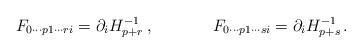
LaTeX: \begin{align*}F_{0\cdots p1\cdots ri} = \partial_i H_{p+r}^{-1}\, ,\hskip 1.5truecmF_{0\cdots p1\cdots si} = \partial_i H_{p+s}^{-1}\, .\end{align*}